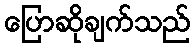
ပြောဆိုချက်သည်